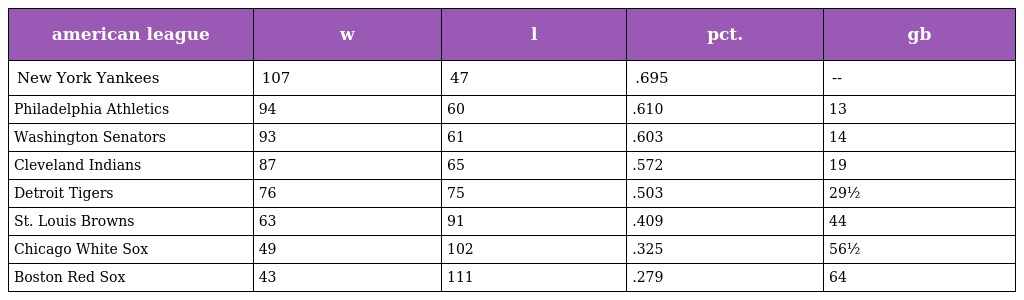
| american league | w | l | pct. | gb |
 | --- | --- | --- | --- | --- |
 | New York Yankees | 107 | 47 | .695 | -- |
 | Philadelphia Athletics | 94 | 60 | .610 | 13 |
 | Washington Senators | 93 | 61 | .603 | 14 |
 | Cleveland Indians | 87 | 65 | .572 | 19 |
 | Detroit Tigers | 76 | 75 | .503 | 29½ |
 | St. Louis Browns | 63 | 91 | .409 | 44 |
 | Chicago White Sox | 49 | 102 | .325 | 56½ |
 | Boston Red Sox | 43 | 111 | .279 | 64 |